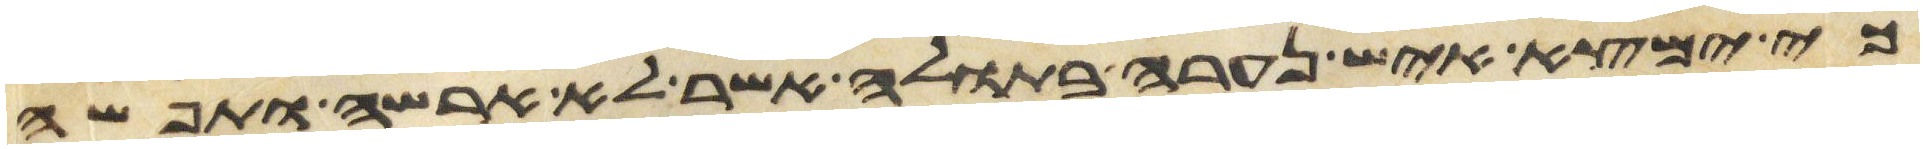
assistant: כי ימצא איש נערה בתולה אשר לא ארשה ותפשה